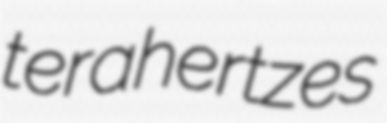
terahertzes